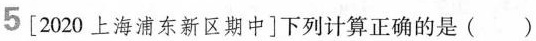
5[2020上海浦东新区期中]下列计算正确的是()